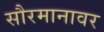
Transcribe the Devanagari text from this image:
सौरमानावर